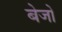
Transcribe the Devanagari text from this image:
बेजो